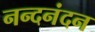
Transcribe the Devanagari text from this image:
नन्दनंदन